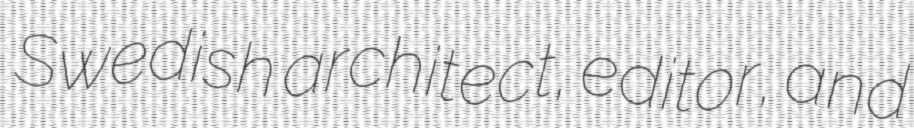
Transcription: Swedish architect, editor, and